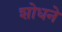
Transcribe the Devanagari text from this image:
शोधने